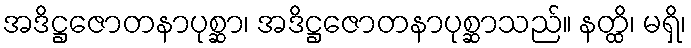
အဒိဋ္ဌဇောတနာပုစ္ဆာ၊ အဒိဋ္ဌဇောတနာပုစ္ဆာသည်။ နတ္ထိ၊ မရှိ၊